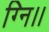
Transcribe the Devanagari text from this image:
ग्नि।।